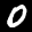
Label: 0